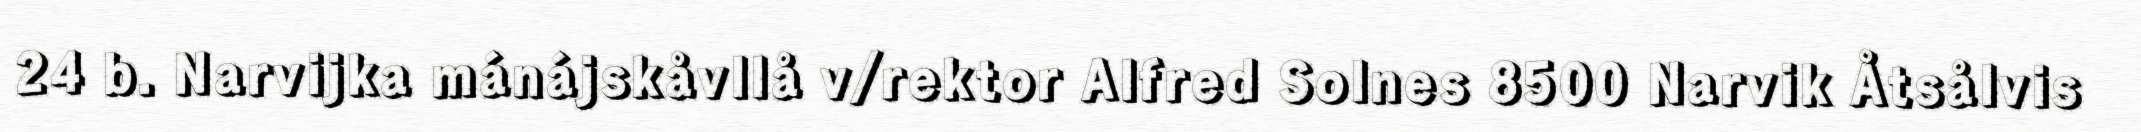
24 b. Narvijka mánájskåvllå v/rektor Alfred Solnes 8500 Narvik Åtsålvis